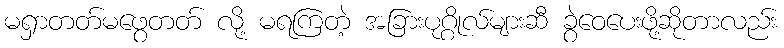
မရှာတတ်မဖွေတတ် လို့ မရကြတဲ့ အခြားပုဂ္ဂိုလ်များဆီ ခွဲဝေပေးဖို့ဆိုတာလည်း